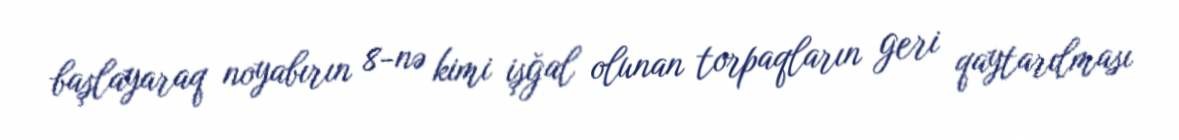
başlayaraq noyabırın 8-nə kimi işğal olunan torpaqların geri qaytarılması